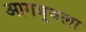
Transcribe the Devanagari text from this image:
आगबूबला